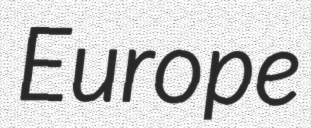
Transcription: Europe